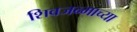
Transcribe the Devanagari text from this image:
शिवजन्माच्या